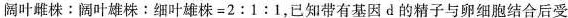
阔叶雌株：阔叶雄株：细叶雄株=2:1:1，已知带有基因d的精子与卵细胞结合后受